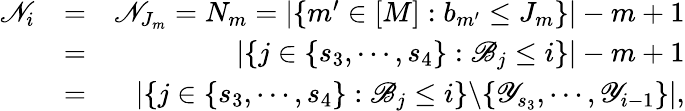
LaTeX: \begin{array}{rlr}{\mathscr{N}_{i}}&{=}&{\mathscr{N}_{J_{m}}=N_{m}=|\{ m^{\prime}\in[M]:b_{m^{\prime}}\leq J_{m}\} |-m+1}\\ &{=}&{|\{ j\in\{ s_{3},\cdots,s_{4}\} :\mathscr{B}_{j}\leq i\} |-m+1}\\ &{=}&{|\{ j\in\{ s_{3},\cdots,s_{4}\} :\mathscr{B}_{j}\leq i\} \backslash\{ \mathscr{Y}_{s_{3}},\cdots,\mathscr{Y}_{i-1}\} |,}\end{array}